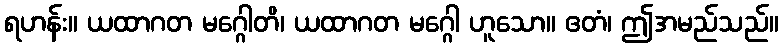
ရဟန်း။ ယထာဂတ မဂ္ဂေါတိ၊ ယထာဂတ မဂ္ဂေါ ဟူသော။ ဧတံ၊ ဤအမည်သည်။